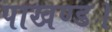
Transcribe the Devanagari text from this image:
पाखण्ड।